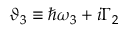
\vartheta _ { 3 } \equiv \hbar \omega _ { 3 } + i \Gamma _ { 2 }